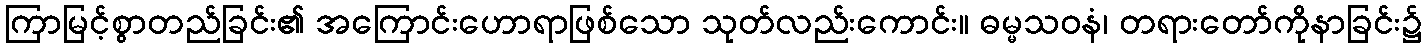
ကြာမြင့်စွာတည်ခြင်း၏ အကြောင်းဟောရာဖြစ်သော သုတ်လည်းကောင်း။ ဓမ္မသဝနံ၊ တရားတော်ကိုနာခြင်း၌